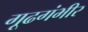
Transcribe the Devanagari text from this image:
गूढगंभीर